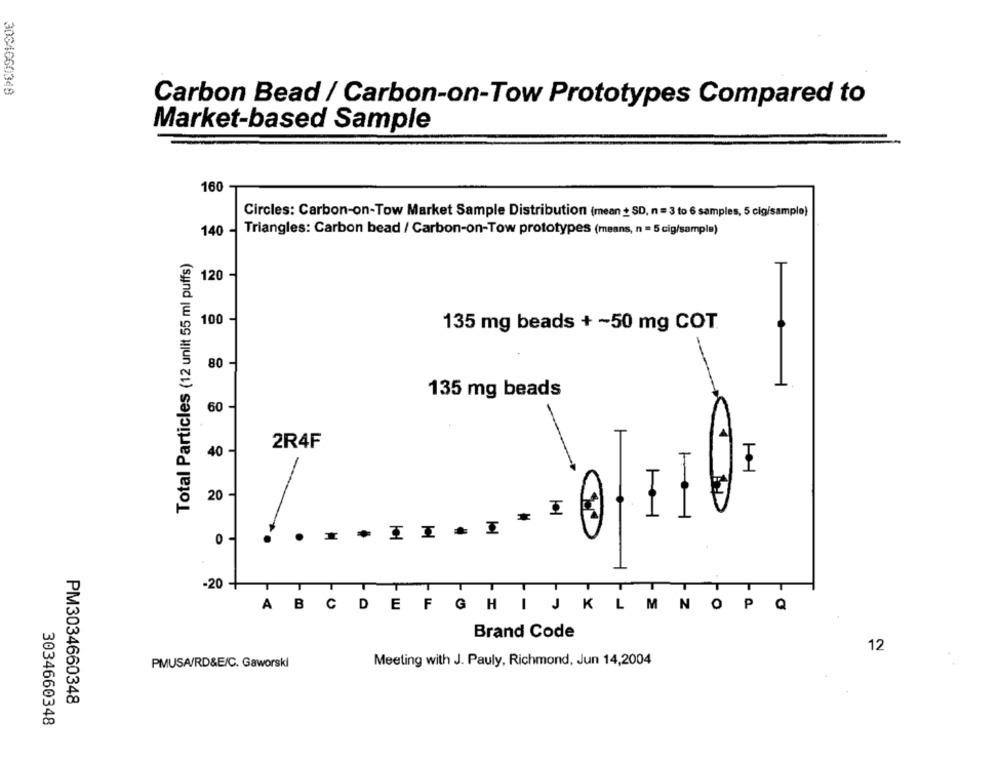
3034660348
Carbon Bead / Carbon-on-Tow Prototypes Compared to
Market-based Sample
160
Circles: Carbon-on-Tow Market Sample Distribution (mean + SD, n = 3 to 6 samples, 5 cig/sample)
140 - Triangles: Carbon bead / Carbon-on-Tow prototypes (means, n = 5 cig/sampl»)
Total Particles (12 unlit 55 ml puffs)
120 -
100 -
135 mg beads + ~50 mg COT.
80
T
135 mg beads
60 -
2R4F
40 -
-
20 -
*
I
.
I
-20 +
AB
;DEFGHIJKLM NOP Q
Brand Code
12
Meeting with J. Pauly, Richmond, Jun 14,2004
PMUSA/RD&E/C. Gaworski
PM3034660348
3034660348